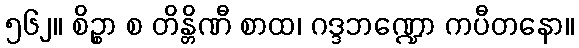
၅၆၂။ စိဉ္စာ စ တိန္တိဏီ စာထ၊ ဂဒ္ဒဘဏ္ဍော ကပီတနော။